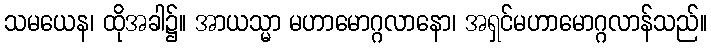
သမယေန၊ ထိုအခါ၌။ အာယသ္မာ မဟာမောဂ္ဂလာနော၊ အရှင်မဟာမောဂ္ဂလာန်သည်။